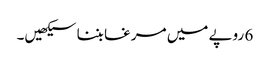
6 روپے میں مرغا بننا سیکھیں۔